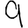
Digit: 9